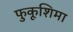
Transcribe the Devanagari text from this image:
फुकूशिमा